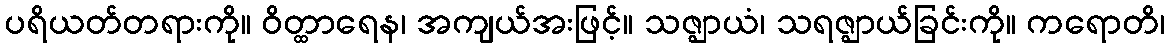
ပရိယတ်တရားကို။ ဝိတ္ထာရေန၊ အကျယ်အးဖြင့်။ သဇ္ဈာယံ၊ သရဇ္ဈာယ်ခြင်းကို။ ကရောတိ၊